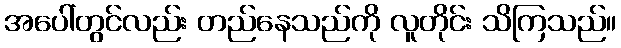
အပေါ်တွင်လည်း တည်နေသည်ကို လူတိုင်း သိကြသည်။